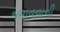
જમાવવાની